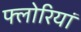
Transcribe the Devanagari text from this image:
फ्लोरियां